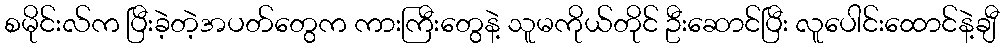
စမိုင်းလ်က ပြီးခဲ့တဲ့အပတ်တွေက ကားကြီးတွေနဲ့ သူမကိုယ်တိုင် ဦးဆောင်ပြီး လူပေါင်းထောင်နဲ့ချီ